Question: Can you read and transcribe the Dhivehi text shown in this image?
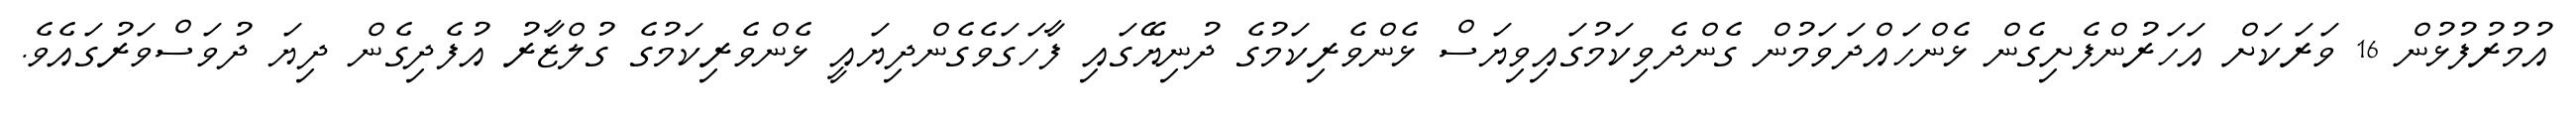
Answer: އުމުރުފުޅުން 16 ވަރަކަށް އަހަރުންފެށިގެން ޅެންހައްދަވަމުން ގެންދެވިކަމުގައިވިޔަސް ޅެންވެރިކަމުގެ ދުނިޔޭގައި ފާހަގަވެގެންދިޔައީ ޅެންވެރިކަމުގެ ގުލްޒާރު އުފެދިގެން ދިޔަ ދުވަސްވަރުގައެވެ.